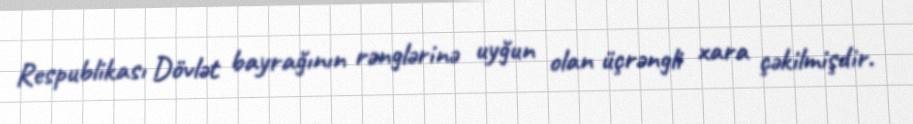
Respublikası Dövlət bayrağının rənglərinə uyğun olan üçrəngli xara çəkilmişdir.